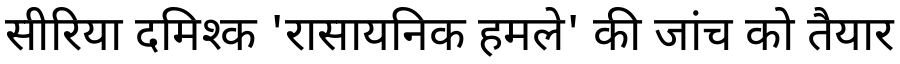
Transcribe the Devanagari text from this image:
सीरिया दमिश्क 'रासायनिक हमले' की जांच को तैयार